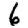
Digit: 6